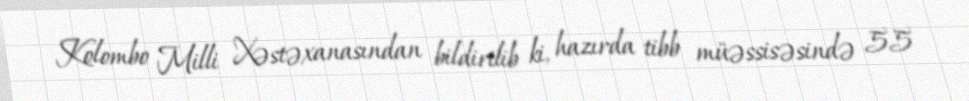
Kolombo Milli Xəstəxanasından bildirilib ki, hazırda tibb müəssisəsində 55